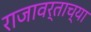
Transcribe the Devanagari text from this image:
राजावर्ताच्या